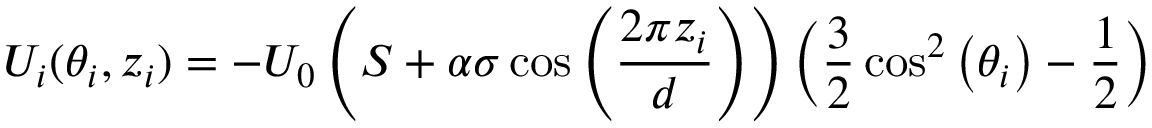
U _ { i } ( \theta _ { i } , z _ { i } ) = - U _ { 0 } \left( S + \alpha \sigma \cos \left( { \frac { 2 \pi z _ { i } } { d } } \right) \right) \left( { \frac { 3 } { 2 } } \cos ^ { 2 } \left( \theta _ { i } \right) - { \frac { 1 } { 2 } } \right)